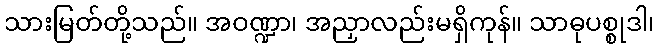
သားမြတ်တို့သည်။ အဝဏ္ဍာ၊ အညှာလည်းမရှိကုန်။ သာဓုပစ္စုဒါ၊